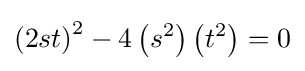
\left(2st\right)^{2}-4\left(s^{2}\right)\left(t^{2}\right)=0